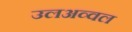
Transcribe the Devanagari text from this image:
उलअव्वल